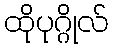
ထိုပုဂ္ဂိုလ်